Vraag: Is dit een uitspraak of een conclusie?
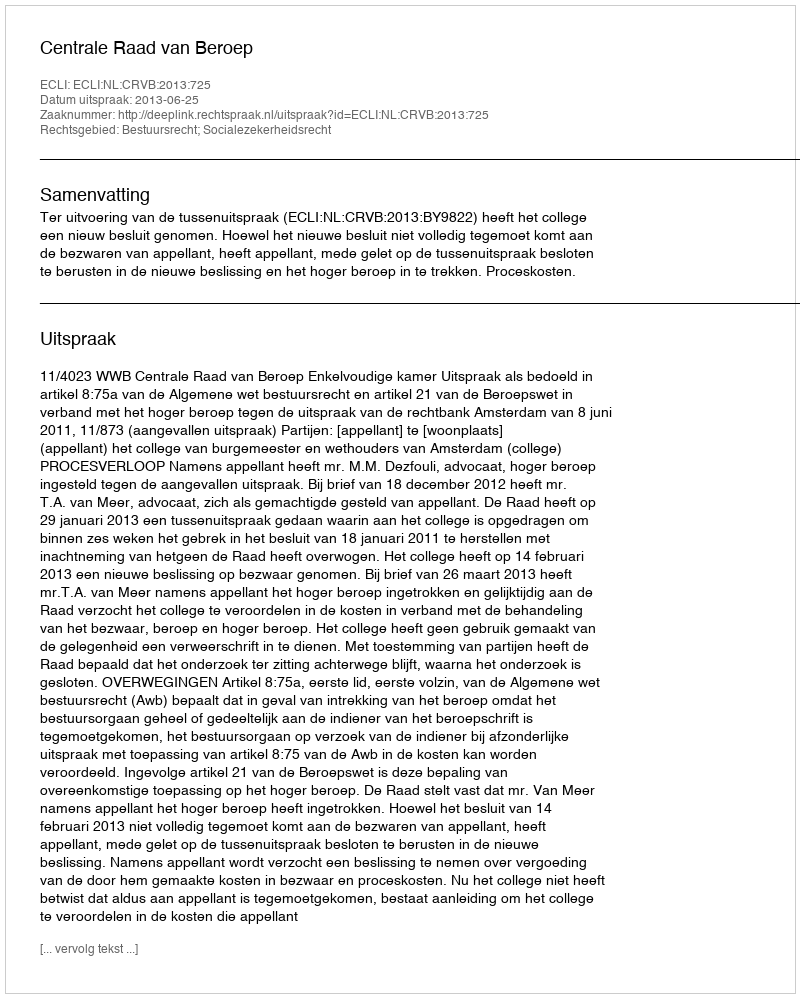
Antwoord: Uitspraak